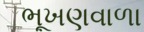
ભૂખણવાળા